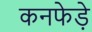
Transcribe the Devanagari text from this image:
कनफेड़े